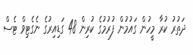
ދަތުރު ކުރާ މީހުން ގައުމުން ފުރުމުގެ ކުރިން 48 ގަޑިއިރުގެ ނެގެޓިވް ޓެސް